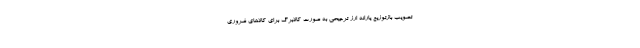
تصویب بازتوزیع یارانه ارز ترجیحی به صورت کالابرگ برای کالاهای ضروری